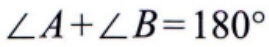
\(\angle A+\angle B = 180^{\circ}\)